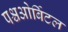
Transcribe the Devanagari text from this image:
पश्चओर्बिटल